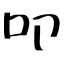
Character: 叩